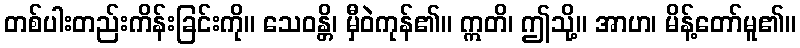
တစ်ပါးတည်းကိန်းခြင်းကို။ သေဝန္တိ၊ မှီဝဲကုန်၏။ ဣတိ၊ ဤသို့။ အာဟ၊ မိန့်တော်မူ၏။